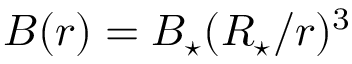
B ( r ) = B _ { \star } ( R _ { \star } / r ) ^ { 3 }